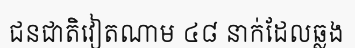
ជនជាតិវៀតណាម ៤៨ នាក់ដែលឆ្លង